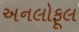
અનલોફૂલ